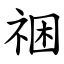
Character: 祵